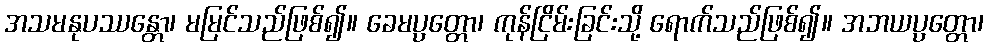
အသမနုပဿန္တော၊ မမြင်သည်ဖြစ်၍။ ခေမပ္ပတ္တော၊ ကုန်ငြိမ်းခြင်းသို့ ရောက်သည်ဖြစ်၍။ အဘယပ္ပတ္တော၊